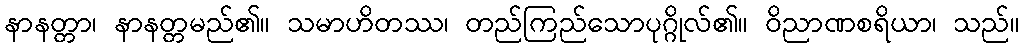
နာနတ္တာ၊ နာနတ္တမည်၏။ သမာဟိတဿ၊ တည်ကြည်သောပုဂ္ဂိုလ်၏။ ဝိညာဏစရိယာ၊ သည်။